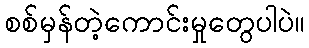
စစ်မှန်တဲ့ကောင်းမှုတွေပါပဲ။